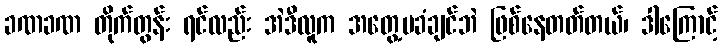
ခဏခဏ တိုက်တွန်း ရင်လည်း အဲဒီလူက အတွေ့မခံချင်ဘဲ ဖြစ်နေတတ်တယ်၊ ဒါကြောင့်